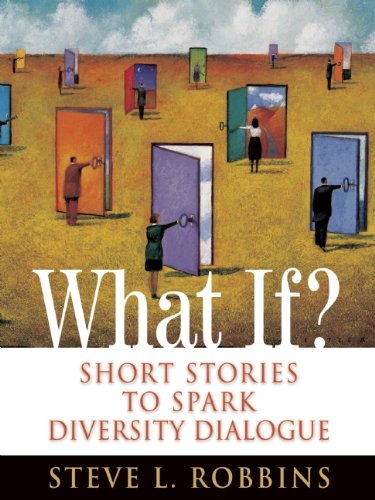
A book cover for What If?: Short Stories to Spark Diversity Dialogue; Steve  Long-Nguyen Robbins; Health, Fitness & Dieting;